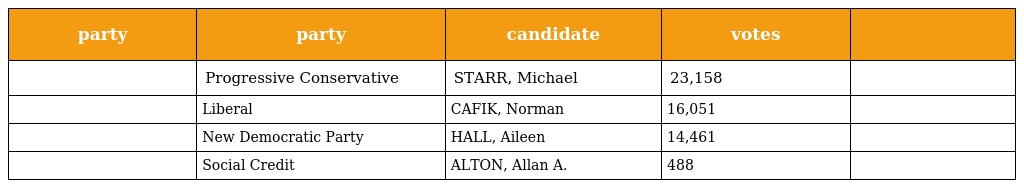
| party | party | candidate | votes |  |
 | --- | --- | --- | --- | --- |
 |  | Progressive Conservative | STARR, Michael | 23,158 |  |
 |  | Liberal | CAFIK, Norman | 16,051 |  |
 |  | New Democratic Party | HALL, Aileen | 14,461 |  |
 |  | Social Credit | ALTON, Allan A. | 488 |  |